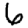
Digit: 6